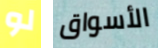
لو الأسواق